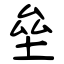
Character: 垒